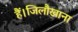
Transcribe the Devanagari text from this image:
हैं।जिलौखाना